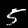
Digit: 5